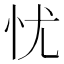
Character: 忧